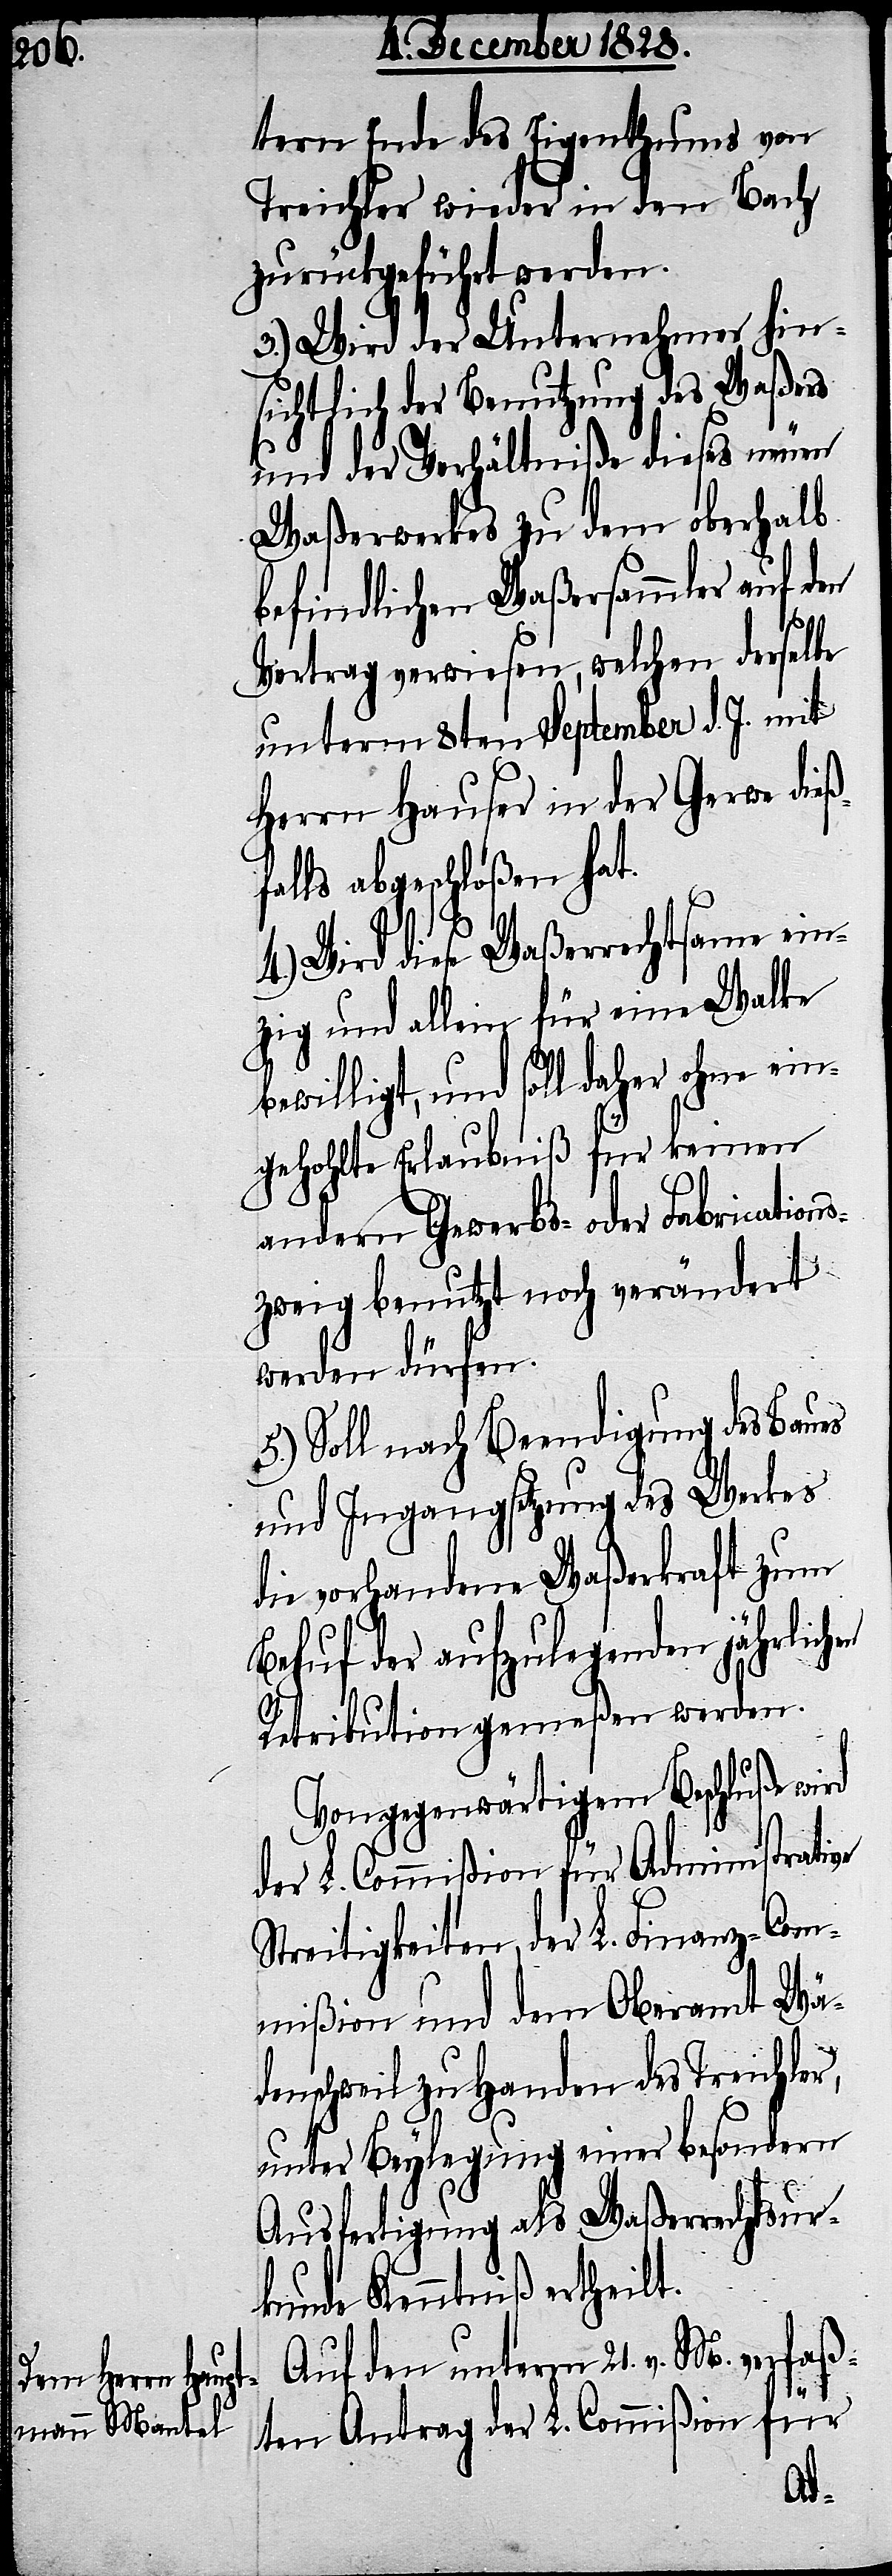
tern Ende des Eigenthums von
Treichler wieder in den Bach
zurückgeführt werden.
3.) Wird der Unternehmer hin¬
sichtlich der Benutzung des Waßers
und der Verhältniße dieses neuen
Waßerwerkes zu dem oberhalb
befindlichen Waßersammler auf den
Vertrag verwiesen, welchen derselbe
unterm 8ten September d. J. mit
Herrn Hauser in der Gerwe dieß¬
falls abgeschloßen hat.
4.) Wird diese Waßerrechtsame ein¬
zig und allein für eine Walke
ewilligt, und soll daher ohne ei¬
ngehohlte Erlaubniß für keinen
andern Gewerbs- oder Fabrication¬
szweig benutzt noch verändert
werden dürfen.
5.) Soll nach Beendigung des Baues
und Ingangsetzung des Werkes
die vorhandene Waßerkraft zum
Behuf der aufzulegenden jährlich¬
Retribution gemeßen werden.
Von gegenwärtigem Beschluße wird
der L. Commißion für Administrative
Streitigkeiten. der L. Finanz-Com¬
mißion und dem Oberamt Wä¬
denschweil zu Handen des Treichler,
unter Beylegung einer besondern
Ausfertigung als Waßerrechtsur¬
kunde Kenntniß ertheilt.
Auf den unterm 21. v. M. verfaß¬
en
ten Antrag der L. Commißion für
b¬